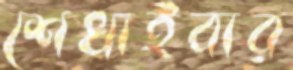
শেখাইবার